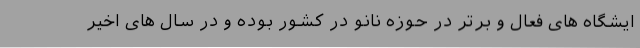
ایشگاه های فعال و برتر در حوزه نانو در کشور بوده و در سال های اخیر